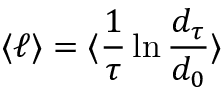
\langle \ell \rangle = \langle \frac { 1 } { \tau } \ln \frac { d _ { \tau } } { d _ { 0 } } \rangle